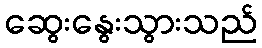
ဆွေးနွေးသွားသည်